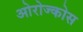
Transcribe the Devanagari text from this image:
ओरोज्कोस